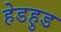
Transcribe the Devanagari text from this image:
हेडहुड